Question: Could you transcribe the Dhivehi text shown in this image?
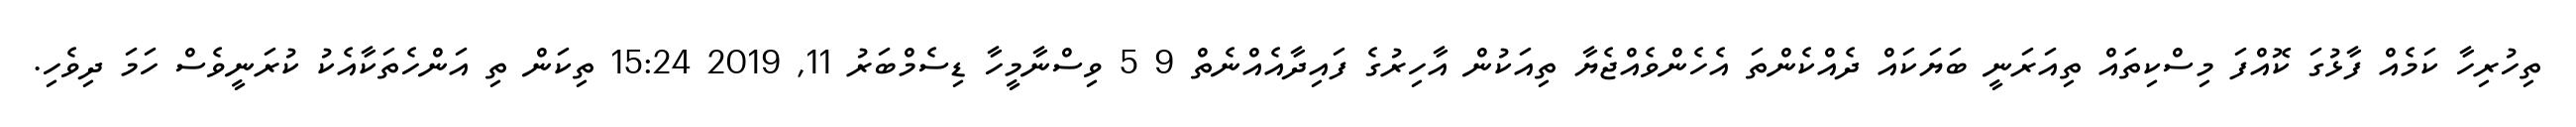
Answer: ތިހުރިހާ ކަމެއް ފާޅުގަ ކޮއްފަ މިސްކިތައް ތިއަރަނީ ބަޔަކައް ދެއްކެންތަ އެހެންވެއްޖެޔާ ތިއަކުން އާހިރުގެ ފައިދާއެއްނެތް 9 5 ވިސްނާމީހާ ޑިސެމްބަރު 11, 2019 15:24 ތިކަން ތި އަންހެތަކާއެކު ކުރަނީވެސް ހަމަ ދިވެހި.